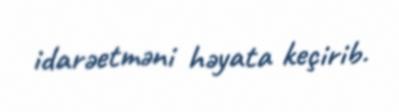
idarəetməni həyata keçirib.